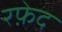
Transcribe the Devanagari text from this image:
रफ़ेद